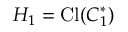
H _ { 1 } = \mathrm { C l } ( C _ { 1 } ^ { * } )